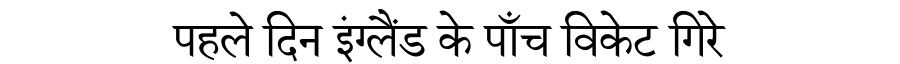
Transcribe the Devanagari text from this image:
पहले दिन इंग्लैंड के पाँच विकेट गिरे